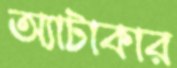
অ্যাটাকার